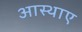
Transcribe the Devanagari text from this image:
आस्थाए